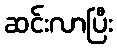
ဆင်းလာပြီး